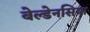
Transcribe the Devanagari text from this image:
बेल्डेनसिया